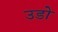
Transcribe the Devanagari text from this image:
उडो